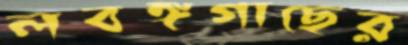
লবঙ্গগাছের